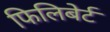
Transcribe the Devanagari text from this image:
फिलिबेर्ट